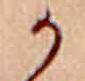
か